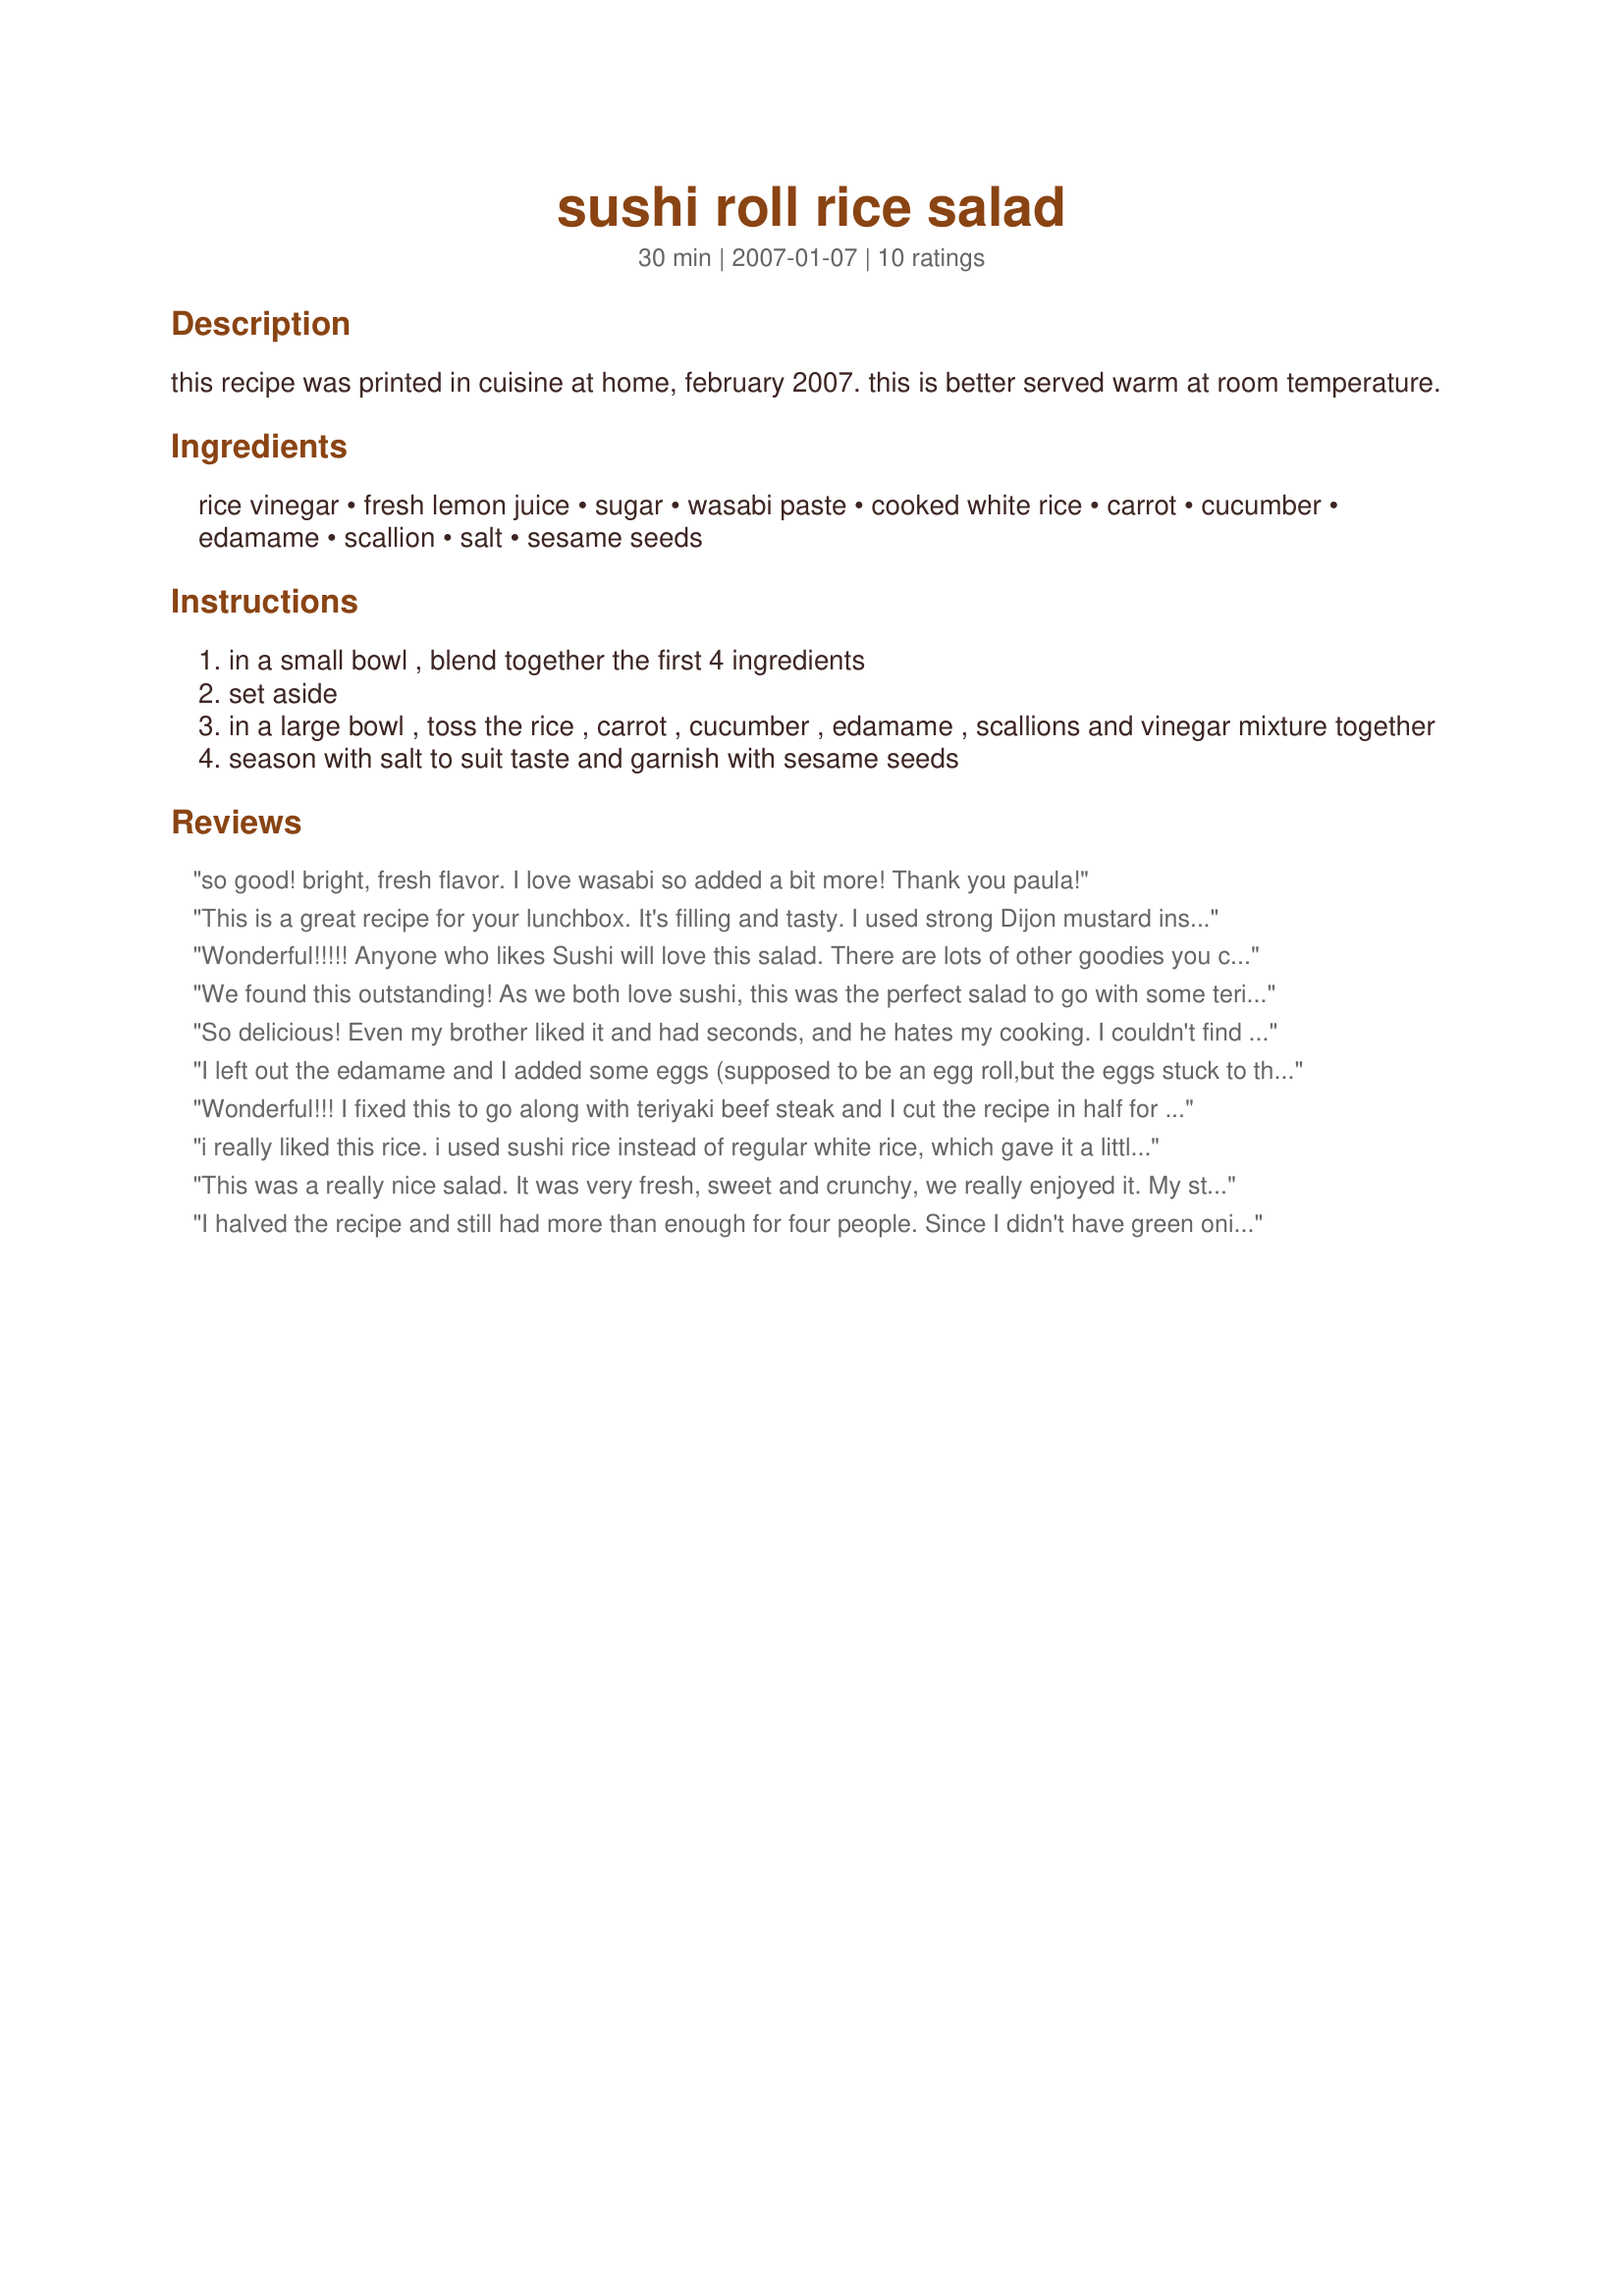
sushi roll rice salad
Preparation time: 30 minutes

this recipe was printed in cuisine at home, february 2007. this is better served warm at room temperature.

Ingredients:
rice vinegar, fresh lemon juice, sugar, wasabi paste, cooked white rice, carrot, cucumber, edamame, scallion, salt, sesame seeds

Steps:
in a small bowl , blend together the first 4 ingredients
set aside
in a large bowl , toss the rice , carrot , cucumber , edamame , scallions and vinegar mixture together
season with salt to suit taste and garnish with sesame seeds

Reviews:
so good! bright, fresh flavor. I love wasabi so added a bit more!
Thank you paula!
This is a great recipe for your lunchbox. It's filling and tasty. I used strong Dijon mustard instead of wasabi. It worked well too.
Wonderful!!!!! Anyone who likes Sushi will love this salad. There are lots of other goodies you can add also, like little bits of cabbage,beansprouts,shrimp etc.
Sincerely,
Becky
We found this outstanding! As we both love sushi, this was the perfect salad to go with some teriyaki chicken. The only change I made was to use sprouted soy beans because I cannot get edamame here. Thanks for sharing this wonderful recipe!&lt;br/&gt;Made for A Diabetic Summer Trip / Diabetes Forum June 2013
So delicious! Even my brother liked it and had seconds, and he hates my cooking. I couldn't find any edamame but it was fine without it. Here's a link to the rice recipe I used: http://allrecipes.com/Recipe/Moms-Sushi-Rice/Detail.aspx
I left out the edamame and I added some eggs (supposed to be an egg roll,but the eggs stuck to the pan,so I got dried scrambled eggs) and smoked salmon,a really nice addition. Of course,I left out the wasabi paste for the kids,but I was very generous for myself. Very much enjoyed it. Made for ZWT6.
Wonderful!!! I fixed this to go along with teriyaki beef steak and I cut the recipe in half for DH and I and wished I would have made the full amount...we ate it all. Loved the wasabi in the dressing and definately will be making this again. Might up the wasabi a little for our taste. Wish I could give more than 5 stars. Thank you for posting. Made for A Diabetic Summer Trip...Diabetes forum June 2013.
i really liked this rice. i used sushi rice instead of regular white rice, which gave it a little more of a sticky, sushi-like texture. a nice change from boring plain rice - i'll definitely make this again. thanks for posting!
This was a really nice salad. It was very fresh, sweet and crunchy, we really enjoyed it. My store was out of edamame so I just left it out. The dressing is really good with a sweet, but spicy kick to it. Thanks Paula!
I halved the recipe and still had more than enough for four people. Since I didn't have green onions or edamame, I used red onion and asparagus. I also added some cream cheese. This was okay, not as good as other salads I've had. I'd have liked to make it with just avocado, cream cheese, some kind of veggie tempura, and then use some kind of sauce -- like miso or chipotle - instead of the dressing which was a bit weak for our tastes. Thanks for sharing.
